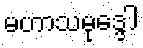
မဟာသမုဒ္ဒေါ